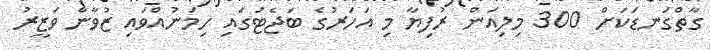
ގާތްގަނޑަކަށް 300 މިލިއަން ރުފިޔާ މި އަހަރުގެ ބަޖެޓުގައި ހިމަނުއްވައި ޒުވާން ވަޒީރު